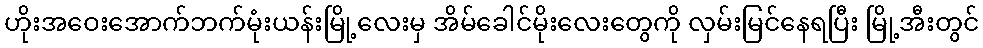
ဟိုးအဝေးအောက်ဘက်မုံးယန်းမြို့လေးမှ အိမ်ခေါင်မိုးလေးတွေကို လှမ်းမြင်နေရပြီး မြို့အီးတွင်